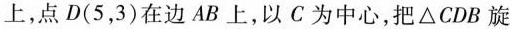
上，点D(5，3)在边AB上，以C为中心，把△CDB旋